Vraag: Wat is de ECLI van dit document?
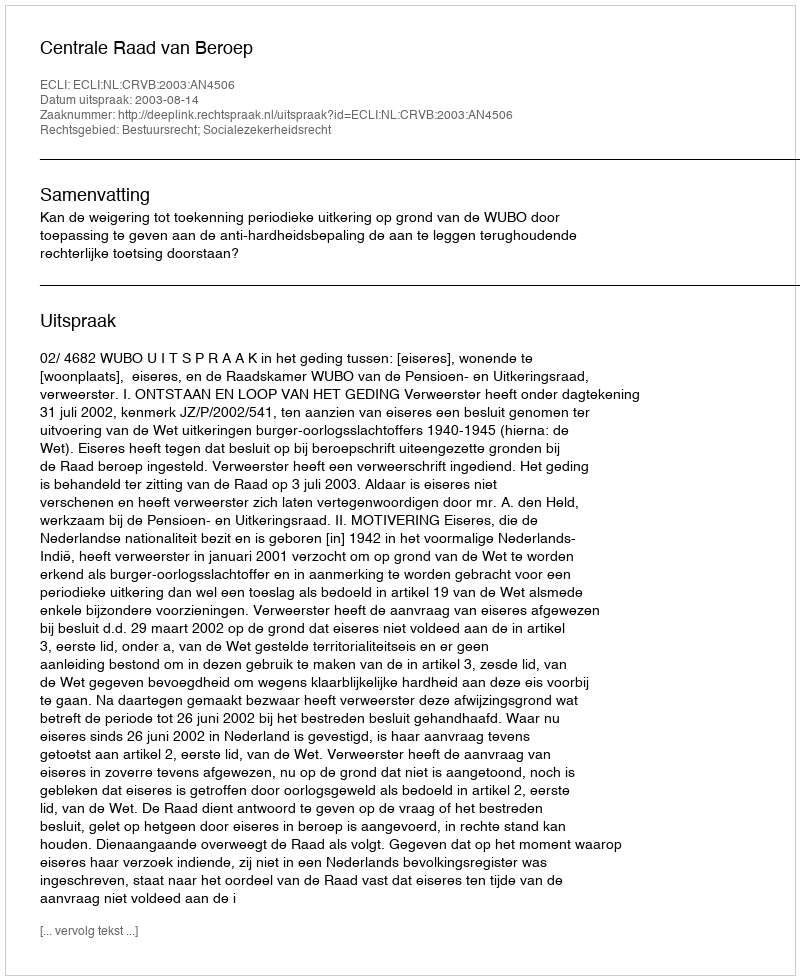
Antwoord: ECLI:NL:CRVB:2003:AN4506